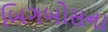
બિગબોસના